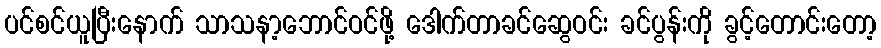
ပင်စင်ယူပြီးနောက် သာသနာ့ဘောင်ဝင်ဖို့ ဒေါက်တာခင်ဆွေဝင်း ခင်ပွန်းကို ခွင့်တောင်းတော့